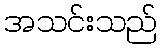
အသင်းသည်